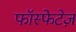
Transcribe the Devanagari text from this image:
फॉस्फेटेज़